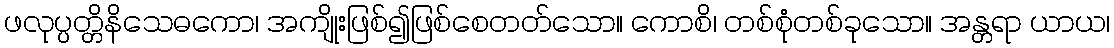
ဖလုပ္ပတ္တိနိသေဓကော၊ အကျိုးဖြစ်၍ဖြစ်စေတတ်သော။ ကောစိ၊ တစ်စုံတစ်ခုသော။ အန္တရာ ယာယ၊